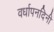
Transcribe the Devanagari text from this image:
वर्धापनदिनी